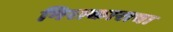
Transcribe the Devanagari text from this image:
निराकाराचा